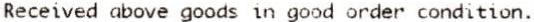
RECEIVED ABOVE GOODS IN GOOD ORDER CONDITION.